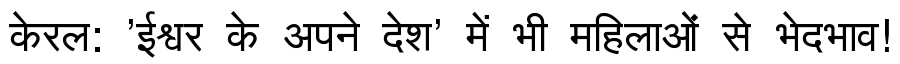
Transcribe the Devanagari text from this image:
केरल: 'ईश्वर के अपने देश' में भी महिलाओं से भेदभाव!